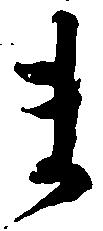
ま